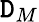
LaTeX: \mathtt{D}_{M}